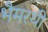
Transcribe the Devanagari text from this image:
भैमरथी